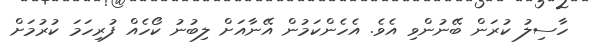
ހާސިލު ކުރަން ބޭނުންވި އެވެ. އެހެންކަމުން އޭނާއަށް ލިބުނު ކޯހެއް ފުރިހަމަ ކުރުމަށް